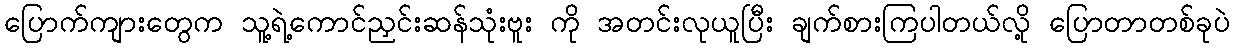
ပြောက်ကျားတွေက သူ့ရဲ့ကောင်ညှင်းဆန်သုံးဗူး ကို အတင်းလုယူပြီး ချက်စားကြပါတယ်လို့ ပြောတာတစ်ခုပဲ